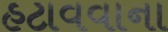
હટાવવાના